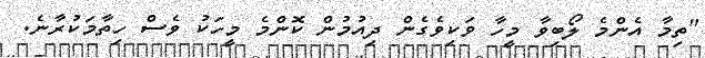
"ތިމާ އެންމެ ލޯބިވާ މީހާ ވަކިވެގެން ދިއުމުން ކޮންމެ މީހަކު ވެސް ހިތާމަކުރާނެ.